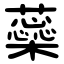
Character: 蘂